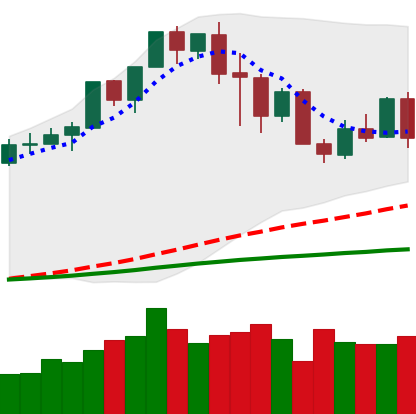
Ticker: XMR-USD
Chart end date: 2020-02-24
Forward return: -15.97%
Label: down_7plus